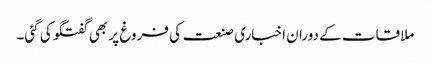
ملاقات کے دوران اخباری صنعت کی فروغ پر بھی گفتگو کی گئی۔